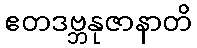
ဧတဒဗ္ဘနုဇာနာတိ